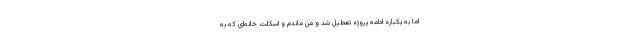
اما به یکباره ادامه پروژه تعطیل شد و من ماندم و اسکلت خانه‌ای که به